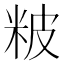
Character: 𥹖